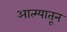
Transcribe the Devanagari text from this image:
आत्म्यातून